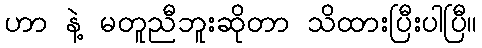
ဟာ နဲ့ မတူညီဘူးဆိုတာ သိထားပြီးပါပြီ။